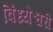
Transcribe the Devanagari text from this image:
विंध्येश्वरी